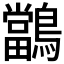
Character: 𪇁